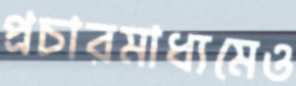
প্রচারমাধ্যমেও